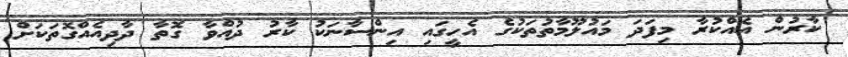
ކާރުން އެއްކުރާ މިފަދަ މައުލޫމާތުތަކުގެ އެހީގައި އިންސާނަކު ކާރު ދުއްވާ ގޮތާ ދާދިއެއްގޮތަކަށް